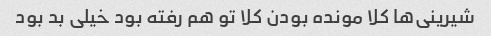
شیرینی‌ها کلا مونده بودن کلا تو هم رفته بود خیلی بد بود